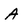
Character: A